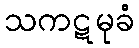
သကဋမုခံ